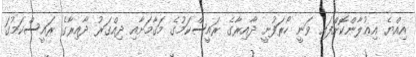
އިއްޔެ އިޢުލާންކޮށްފައި ވަނީ ހޯރަފުށީ ދާއިރާގެ ރައީސްކަމުގެ މަޤާމަށާއި ދިއްގަރު ދާއިރާގެ ރައީސްކަމުގަ